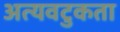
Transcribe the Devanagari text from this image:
अत्यवटुकता